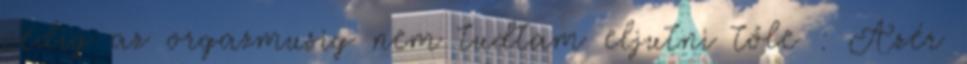
pedig az orgazmusig nem tudtam eljutni tőle : Azér